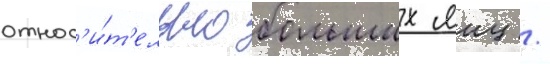
относ'и́т'ельно больших яиц /